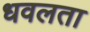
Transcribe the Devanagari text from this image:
धवलता